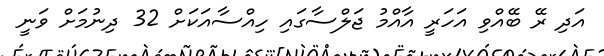
އަދި ރޭ ބޭއްވި އަހަރީ އާއްމު ޖަލްސާގައި ހިއްސާއަކަށް 32 ދިނުމަށް ވަނީ